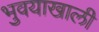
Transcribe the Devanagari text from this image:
भुवयाखाली